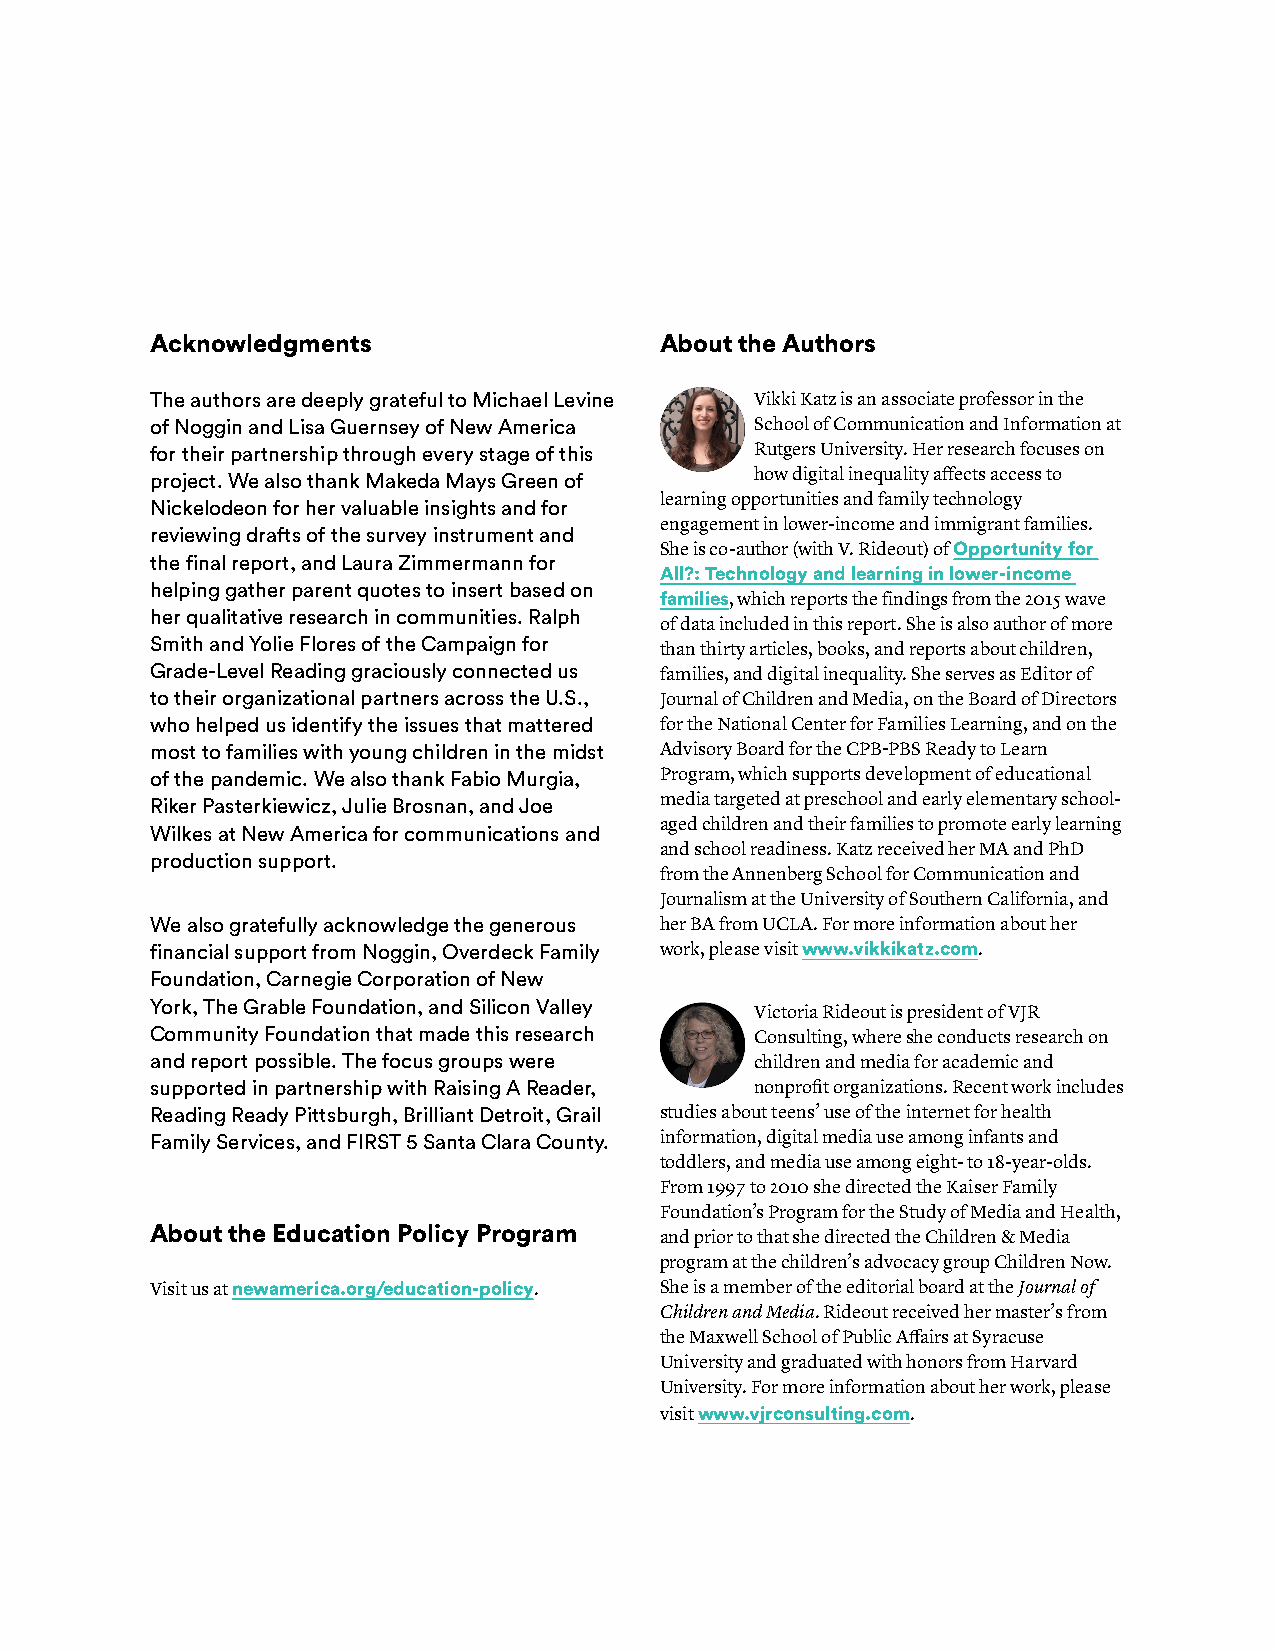
Acknowledgments                   About the Authors
 The authors are deeply grateful to Michael Levine Vikki Katz is an associate professor in the
 of Noggin and Lisa Guernsey of New America School of Communication and Information at
 for their partnership through every stage of this Rutgers University. Her research focuses on
 project. We also thank Makeda Mays Green of how digital inequality affects access to
 learning opportunities and family technology
 Nickelodeon for her valuable insights and for
 engagement in lower-income and immigrant families.
 reviewing drafts of the survey instrument and
 She is co-author (with V. Rideout) of Opportunity for
 the final report, and Laura Zimmermann for
 All?: Technology and learning in lower-income
 helping gather parent quotes to insert based on
 families, which reports the findings from the 2015 wave
 her qualitative research in communities. Ralph
 of data included in this report. She is also author of more
 Smith and Yolie Flores of the Campaign for
 than thirty articles, books, and reports about children,
 Grade-Level Reading graciously connected us families, and digital inequality. She serves as Editor of
 to their organizational partners across the U.S., Journal of Children and Media, on the Board of Directors
 who helped us identify the issues that mattered for the National Center for Families Learning, and on the
 most to families with young children in the midst Advisory Board for the CPB-PBS Ready to Learn
 of the pandemic. We also thank Fabio Murgia, Program, which supports development of educational
 Riker Pasterkiewicz, Julie Brosnan, and Joe media targeted at preschool and early elementary school-
 aged children and their families to promote early learning
 Wilkes at New America for communications and
 and school readiness. Katz received her MA and PhD
 production support.
 from the Annenberg School for Communication and
 Journalism at the University of Southern California, and
 We also gratefully acknowledge the generous her BA from UCLA. For more information about her
 financial support from Noggin, Overdeck Family work, please visit www.vikkikatz.com.
 Foundation, Carnegie Corporation of New
 York, The Grable Foundation, and Silicon Valley
 Victoria Rideout is president of VJR
 Community Foundation that made this research Consulting, where she conducts research on
 and report possible. The focus groups were children and media for academic and
 supported in partnership with Raising A Reader, nonprofit organizations. Recent work includes
 Reading Ready Pittsburgh, Brilliant Detroit, Grail studies about teens’ use of the internet for health
 Family Services, and FIRST 5 Santa Clara County. information, digital media use among infants and
 toddlers, and media use among eight- to 18-year-olds.
 From 1997 to 2010 she directed the Kaiser Family
 Foundation’s Program for the Study of Media and Health,
 About the Education Policy Program and prior to that she directed the Children & Media
 program at the children’s advocacy group Children Now.
 Visit us at newamerica.org/education-policy. She is a member of the editorial board at the Journal of
 Children and Media. Rideout received her master’s from
 the Maxwell School of Public Affairs at Syracuse
 University and graduated with honors from Harvard
 University. For more information about her work, please
 visit www.vjrconsulting.com.